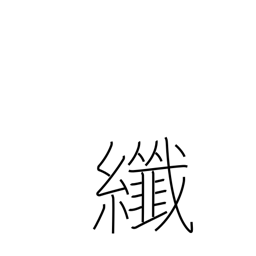
Meaning: fine